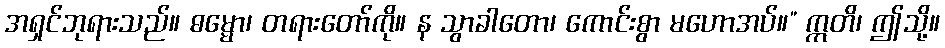
အရှင်ဘုရားသည်။ ဓမ္မော၊ တရားတော်ကို။ န သွာခါတော၊ ကောင်းစွာ မဟောအပ်။” ဣတိ၊ ဤသို့။